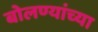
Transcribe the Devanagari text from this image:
बोलण्यांच्या